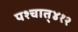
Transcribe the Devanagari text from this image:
पश्‍चात्‌४१२